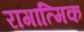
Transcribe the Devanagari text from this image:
रागात्मिक